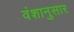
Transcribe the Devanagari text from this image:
वंशानुसार